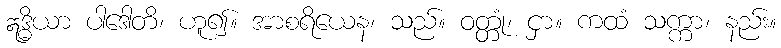
ဣဒ္ဓိယာ ပါဒေါတိ၊ ဟူ၍။ အာစရိယေန၊ သည်။ ဝတ္တုံ၊ ငှာ။ ကထံ သက္ကာ၊ နည်း။